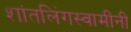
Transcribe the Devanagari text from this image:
शांतलिंगस्वामींनी